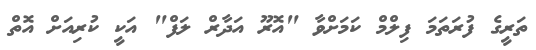
ތަރީގެ ފުރަތަަމަ ފިލްމް ކަމަށްވާ "އޮރޫ އަދާރް ލަފް" އަކީ ކުރިއަށް އޮތް